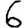
Digit: 6